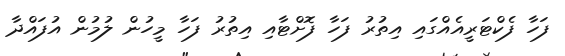
ފަހާ ފެކްޓަރީއެއްގައި އިތުރު ފަހާ ފޮށްޓާއި އިތުރު ފަހާ މީހުން ލުމުން އުފައްދާ